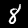
Label: 8